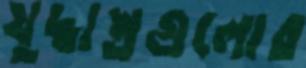
যুদ্ধাস্ত্রগুলোর